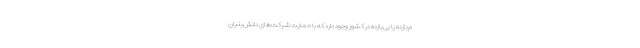
م‌بازده یا بی‌بازده در کشور وجود دارد که با حمایت شرکت‌های دانش‌بنیان